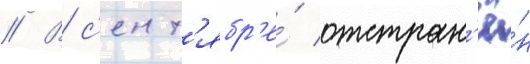
// В с'ент'ябр'е́ отстран'ё́н